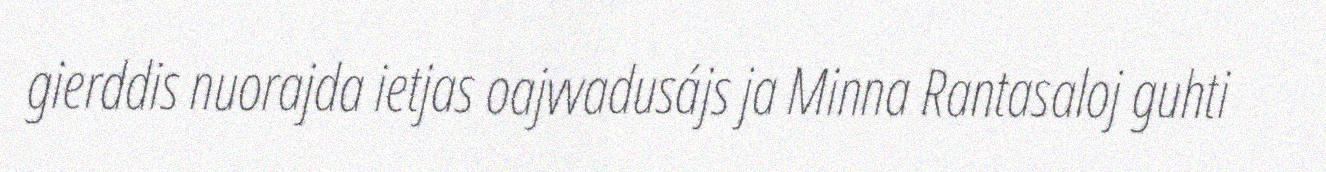
gierddis nuorajda ietjas oajvvadusájs ja Minna Rantasaloj guhti